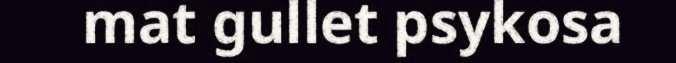
mat gullet psykosa